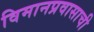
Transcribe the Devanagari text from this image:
विमानप्रवासाची